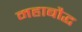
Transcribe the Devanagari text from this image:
महाबौद्ध